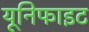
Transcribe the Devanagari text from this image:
यूनिफाइट